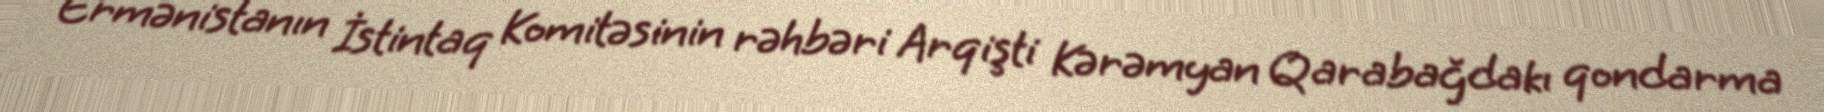
Ermənistanın İstintaq Komitəsinin rəhbəri Arqişti Kərəmyan Qarabağdakı qondarma